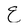
Character: E